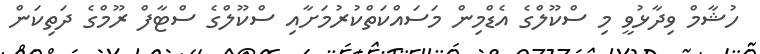
ހުޝާމް ވިދާޅުވީ މި ސްކޫލްގެ އެޑްމިން މަސައްކަތްކުރުމަށާއި ސްކޫލްގެ ސްޓާފް ރޫމްގެ ދަތިކަން